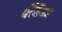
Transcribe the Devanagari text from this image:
मेरेडियस